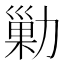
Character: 勦